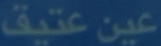
عينعتيق